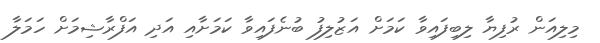
މިލިއަން ރުފިޔާ ލިބިފައިވާ ކަމަށް އަޒުލިފު ބުނެފައިވާ ކަމަށާއި އަދި އަފްރާޝިމަށް ހަމަލާ